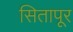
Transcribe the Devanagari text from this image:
सितापूर